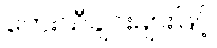
တေးသီချင်းများဖြင့်